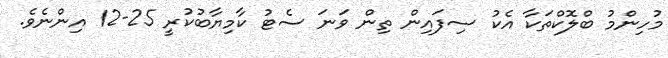
މުހިންމު ބްލޮކްތަކާ އެކު ސިފައިން ތިން ވަނަ ސެޓު ކާމިޔާބުކުރީ 25-12 އިންނެވެ.